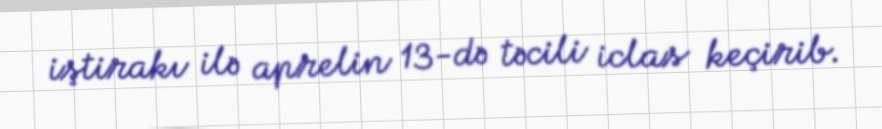
iştirakı ilə aprelin 13-də təcili iclas keçirib.